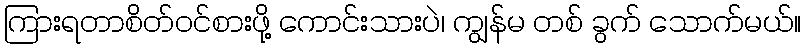
ကြားရတာစိတ်ဝင်စားဖို့ ကောင်းသားပဲ၊ ကျွန်မ တစ် ခွက် သောက်မယ်။